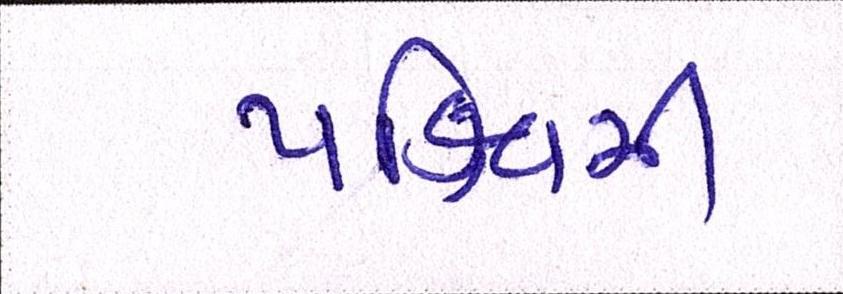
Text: પશ્ચિમી